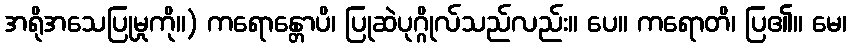
အရိုအသေပြုမှုကို။) ကရောန္တောပိ၊ ပြုဆဲပုဂ္ဂိုလ်သည်လည်း။ ပေ။ ကရောတိ၊ ပြ၏။ မေ၊